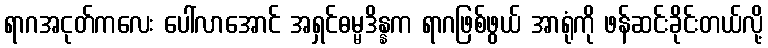
ရာဂအငုတ်ကလေး ပေါ်လာအောင် အရှင်ဓမ္မဒိန္နက ရာဂဖြစ်ဖွယ် အာရုံကို ဖန်ဆင်းခိုင်းတယ်လို့